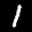
Label: 1